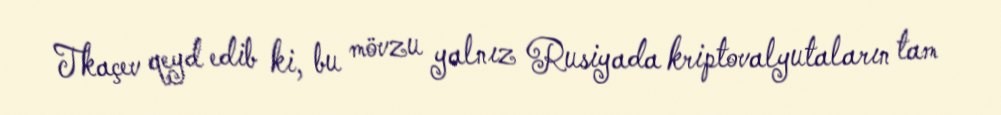
Tkaçev qeyd edib ki, bu mövzu yalnız Rusiyada kriptovalyutaların tam